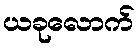
ယခုလောက်